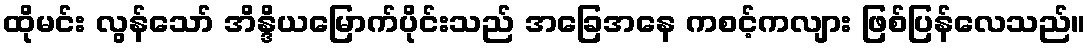
ထိုမင်း လွန်သော် အိန္ဒိယမြောက်ပိုင်းသည် အခြေအနေ ကစင့်ကလျား ဖြစ်ပြန်လေသည်။